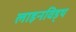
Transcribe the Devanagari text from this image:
लाइनविड्थ